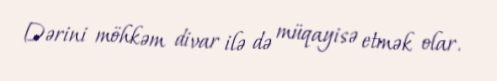
Dərini möhkəm divar ilə də müqayisə etmək olar.